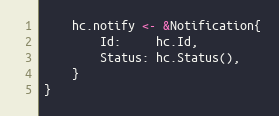
Language: Go
	hc.notify <- &Notification{
		Id:     hc.Id,
		Status: hc.Status(),
	}
}